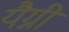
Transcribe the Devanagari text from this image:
यैग्नी